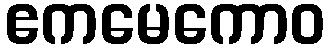
ဧကမေကောဝ